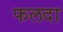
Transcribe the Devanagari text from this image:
फलदा